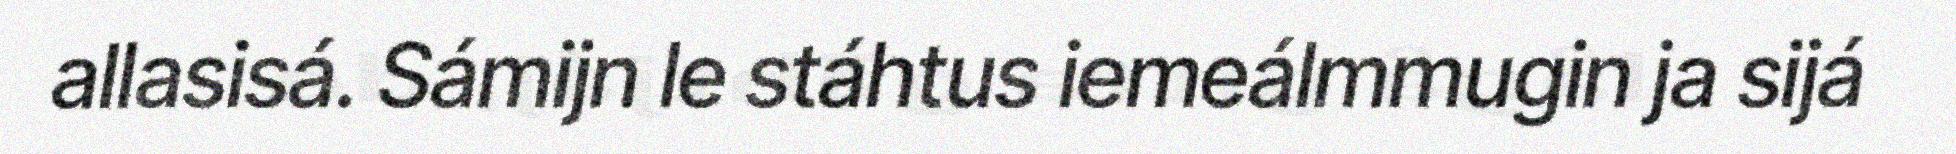
allasisá. Sámijn le stáhtus iemeálmmugin ja sijá